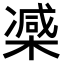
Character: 𣙤